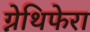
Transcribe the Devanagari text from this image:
ग्नेथिफेरा